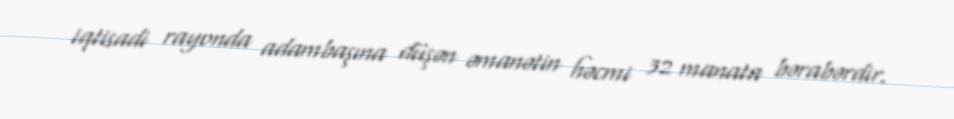
iqtisadi rayonda adambaşına düşən əmanətin həcmi 32 manata bərabərdir.